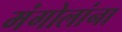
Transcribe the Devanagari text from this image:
मंगोलांना